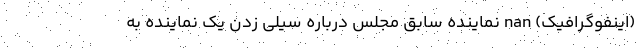
(اینفوگرافیک) nan نماینده سابق مجلس درباره سیلی زدن یک نماینده به